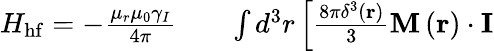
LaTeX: \begin{array}{rlr}{H_{\mathrm{hf}}=-\frac{\mu_{r}\mu_{0}\gamma_{I}}{4\pi}}&{{}}&{\int d^{3}r\left[\frac{8\pi\delta^{3}\left(\mathbf{r}\right)}{3}\mathbf{M}\left(\mathbf{r}\right)\cdot\mathbf{I}\right.}\end{array}